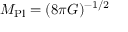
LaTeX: M _ { \mathrm { P l } } = ( 8 \pi G ) ^ { - 1 / 2 }